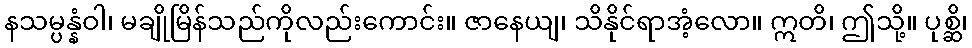
နသမ္ပန္နံဝါ၊ မချိုမြိန်သည်ကိုလည်းကောင်း။ ဇာနေယျ၊ သိနိုင်ရာအံ့လော။ ဣတိ၊ ဤသို့။ ပုစ္ဆိ၊